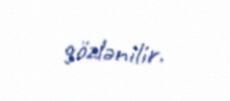
gözlənilir.